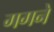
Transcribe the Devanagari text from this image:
गगने